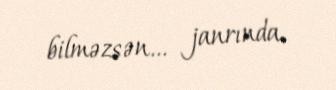
bilməzsən... janrında.